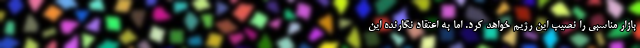
بازار مناسبی را نصیب این رژیم خواهد کرد. اما به اعتقاد نگارنده این